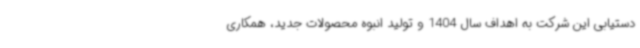
دستیابی این شرکت به اهداف سال 1404 و تولید انبوه محصولات جدید، همکاری